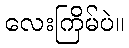
လေးကြိမ်ပဲ။